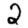
Digit: 2